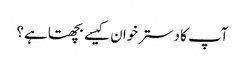
آپ کا دسترخوان کیسے بچھتا ہے؟